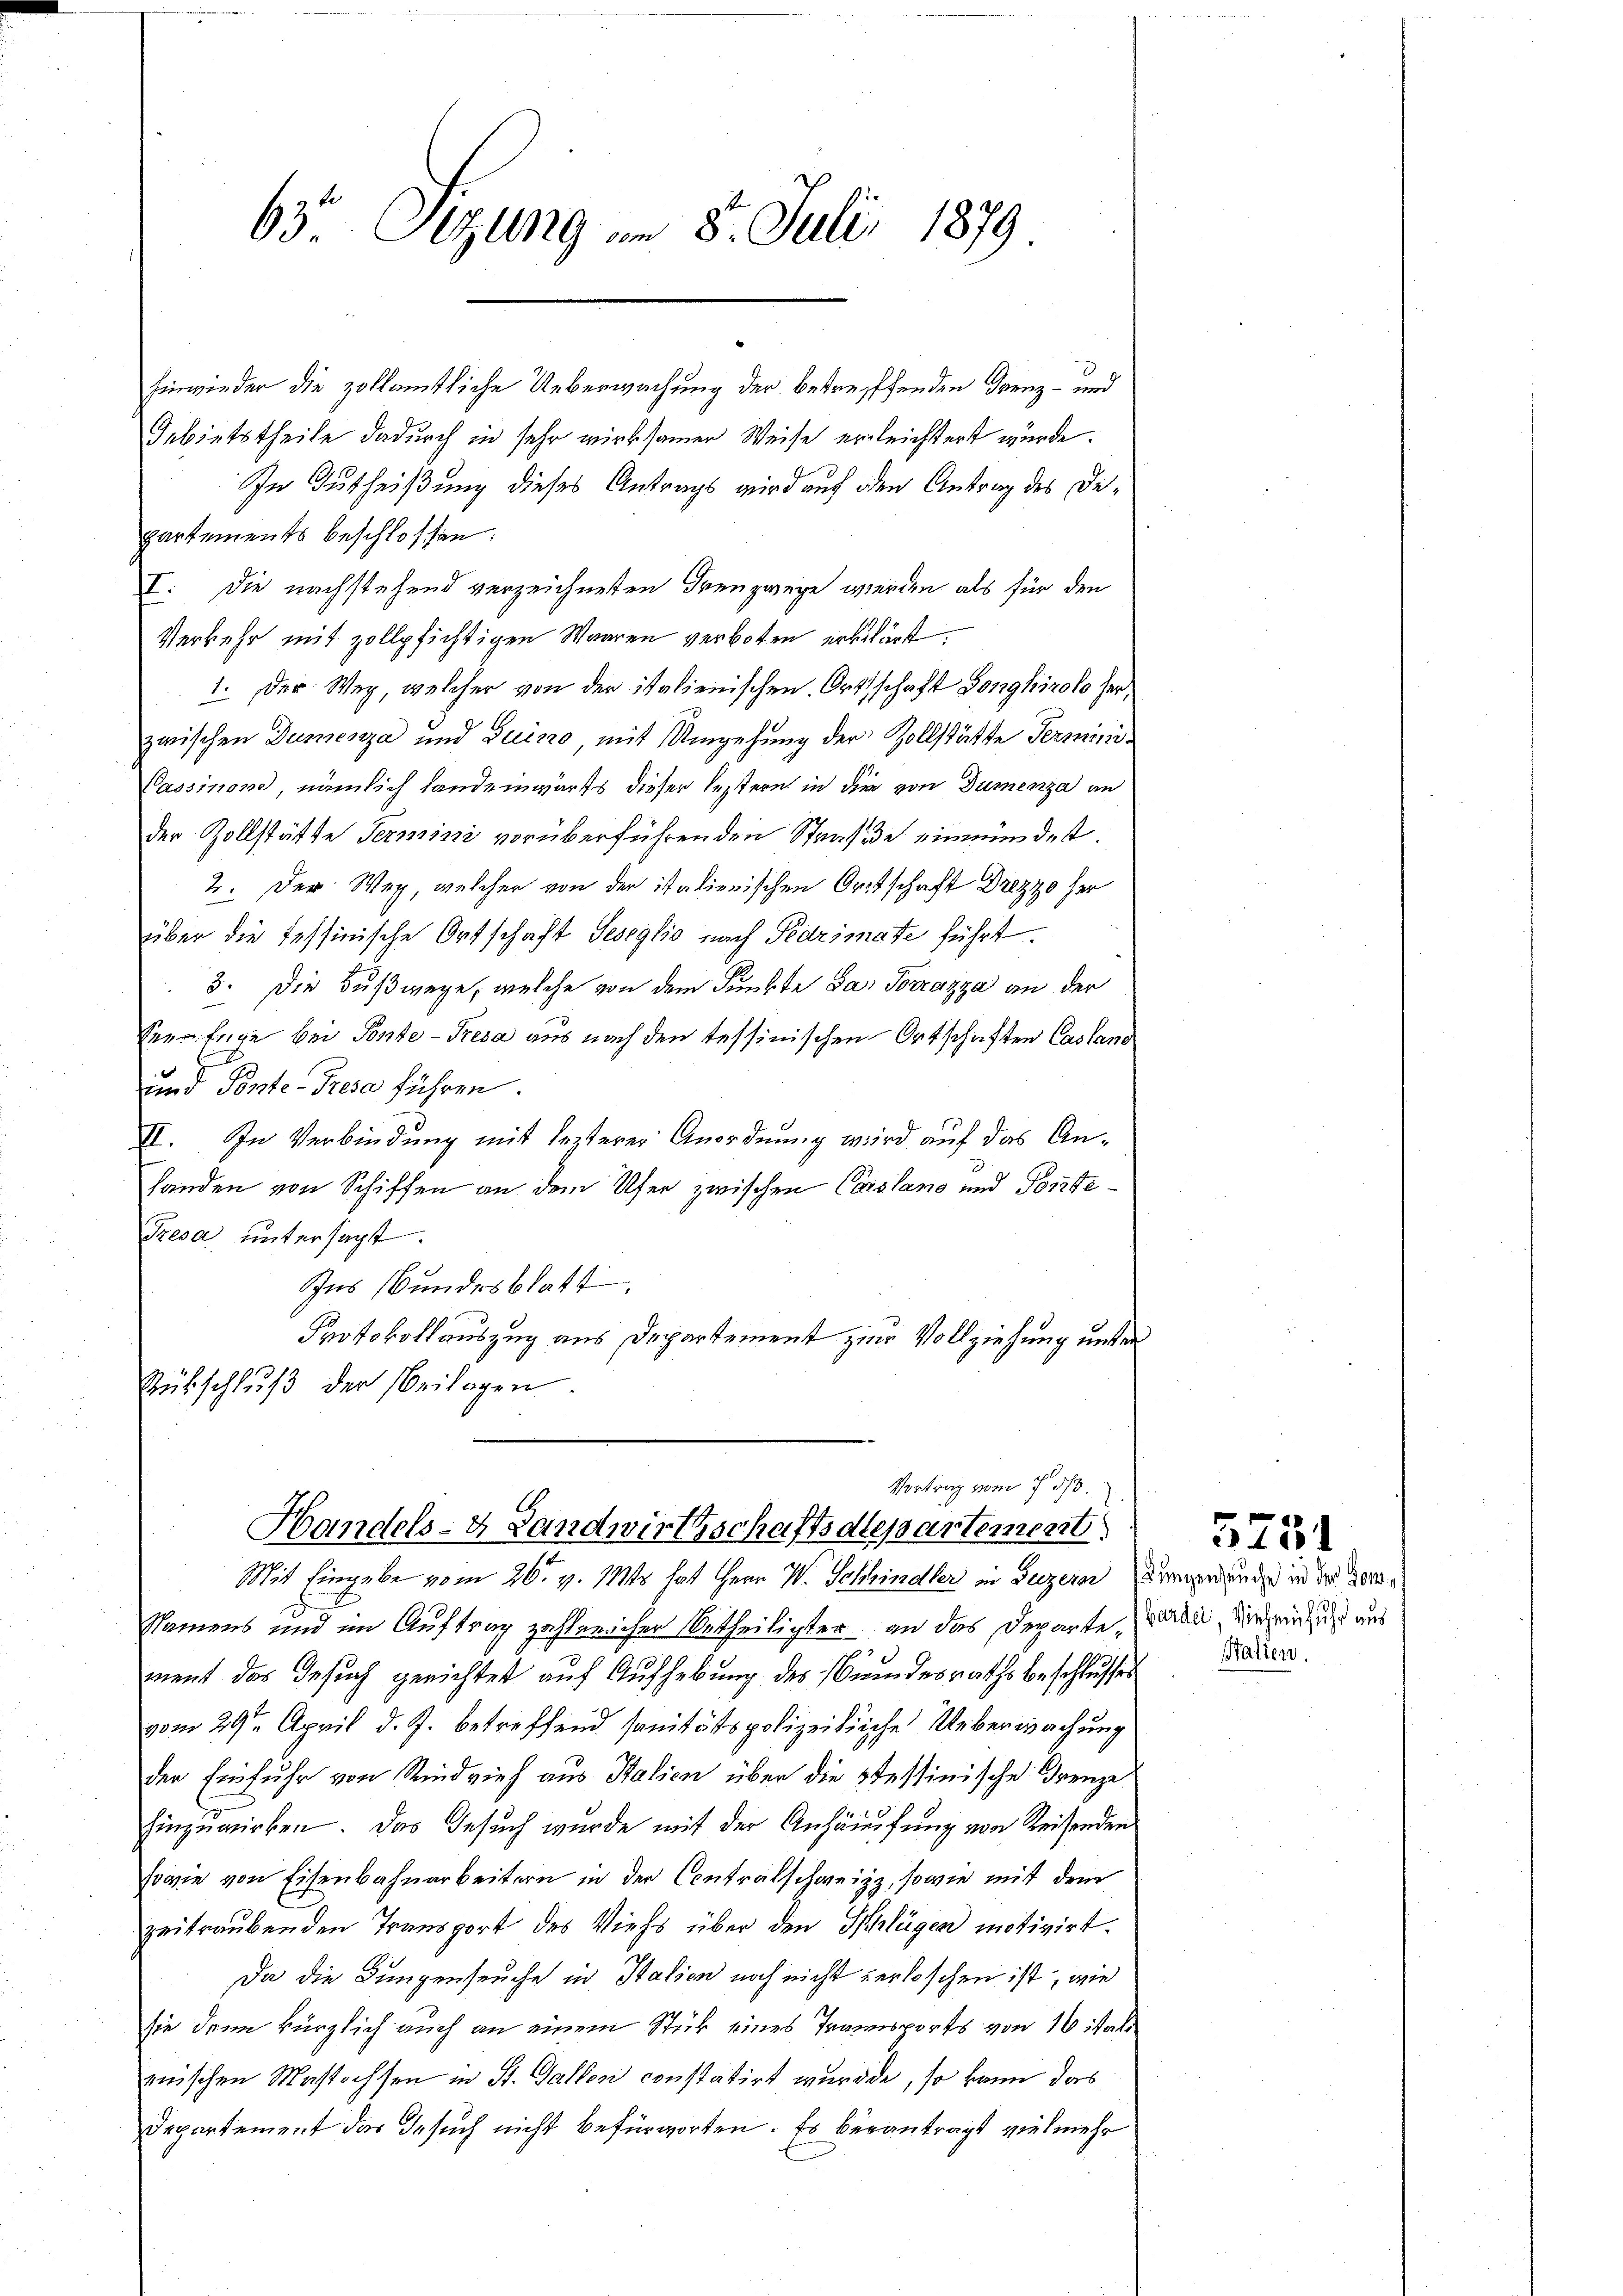
63o Sitzung am 8. Juli 1879

Vortrag vom 7. ds.
Handels- & Landwirthschaftsdepartement

Mit Eingabe vom 26. v. Mts. hat Herr W. Schwindler in Luzern den und in der den¬

Einwieder die zollamtliche Ueberwachung der betreffenden Grenz- und
Gebietstheile dadurch in sehr wirksamer Weise erleichstert würde.
In Gutheißung dieses Antrags wird auf den Antrag des Departements beschlossen:
I. Die nachstehend verzeichneten Freuzwege werden als für den
Verkehr mit zollpfichtigen Waaren verboten erklärt.
1. Der Weg, welcher von der italienischen Ortschaft Longhirolo her,
zwischen Dumenza und Luino, mit Umgehung der Zollstätte Termini¬
Cassinone, nämlich handeinwärts dieser leztern in die von Dumenza an
der Zollstätte Termini vorüberführenden Strafide einmündet.
2. Der Weg, welcher von der italienischen Ortschaft Drezzo her
über die Tessinische Ortschaft Seseglio nach Pedrimate führt.
3. Die Fußwege, welche von dem Funkte da, Torzazza an der
Verfüge bei Ponte-Tresa aus nach den tessinischen Ortschaften Cassano
und Ponte Prese führen.
II. In Verbindung mit lezterer Anordnung wird auf das An¬
Landen von Schiffen an dem Ufer zwischen Consland und Ponte¬
Tresa untersagt.
Ins Bundesblatt
Protokollauszug aus Departement zur Vollziehung unter
Rübschlŭβ der Beilagen.

Namens und im Auftrag zahlreicher Urtheiligter an das Departe, waren, die ein ich aus
ment das Gesuch gerichtet auf Aufhebung des Bundesraths beschlusses
vom 29ten April d. J. betreffend sanitätspolizeitliche Ueberwachung
der Einfuhr von Rindvieh aus Italien über die stessinische Grenze
Einzuwirken. Das Gesuch wurde mit der Anhäufung von Reisenden
sowie von Eisenbahnarbeitern in der Contralschweizz, sowie mit dem
zeitraubenden Transport des Viehs über den Schlügen motivirt.
Da die Lungenseuche in Italien noch nicht verloschen ist, wie
sie dann kürzlich auch an einem Stück eines Transports von 16 italimischen Mastochsen in St. Gallen constatirt wurde, so kann das
Departement das Gesuch nicht befürworten. Es verantragt vielmehr

Walien.

5731